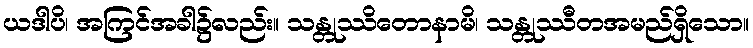
ယဒါပိ၊ အကြင်အခါ၌လည်း။ သန္တုဿိတောနာမိ၊ သန္တုဿီတအမည်ရှိသော။